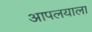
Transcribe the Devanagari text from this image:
आपलयाला